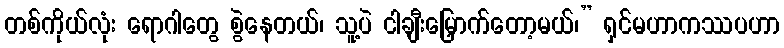
တစ်ကိုယ်လုံး ရောဂါတွေ စွဲနေတယ်၊ သူ့ပဲ ငါချီးမြှောက်တော့မယ်၊” ရှင်မဟာကဿပဟာ